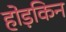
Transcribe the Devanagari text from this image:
होड़किन